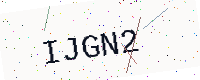
Text: IJGN2